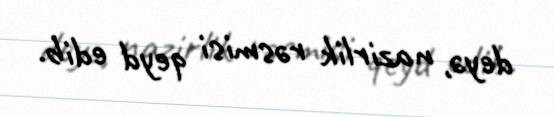
deyə, nazirlik rəsmisi qeyd edib.